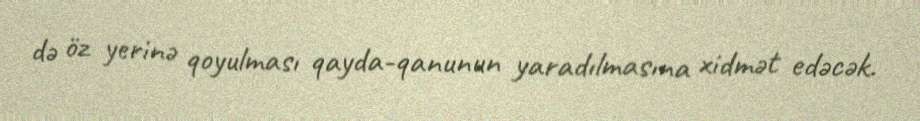
də öz yerinə qoyulması qayda-qanunun yaradılmasına xidmət edəcək.